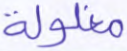
مغلولة